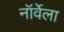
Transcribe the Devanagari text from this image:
नॉर्वेला